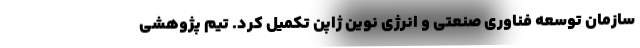
سازمان توسعه فناوری صنعتی و انرژی نوین ژاپن تکمیل کرد. تیم پژوهشی